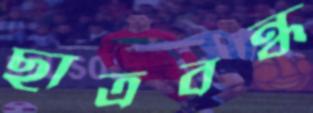
ছাত্রবন্ধু